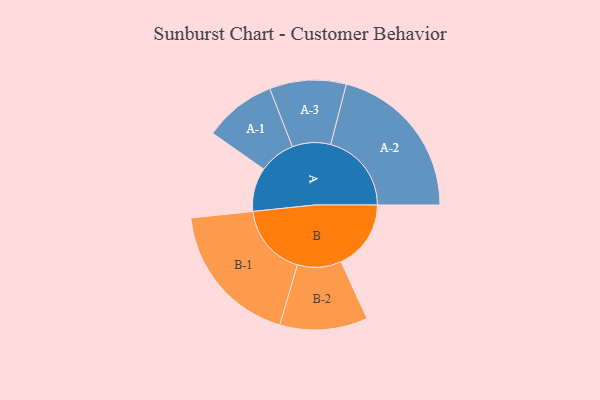
{"axis": {"x": "Segment", "y": "Value"}, "legend": ["", "A", "B"], "data": [{"x": "A", "y": 158, "type": ""}, {"x": "B", "y": 252, "type": ""}, {"x": "A-1", "y": 130, "type": "A"}, {"x": "A-2", "y": 291, "type": "A"}, {"x": "A-3", "y": 138, "type": "A"}, {"x": "B-1", "y": 261, "type": "B"}, {"x": "B-2", "y": 158, "type": "B"}]}